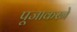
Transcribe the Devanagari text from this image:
पूजाकरने